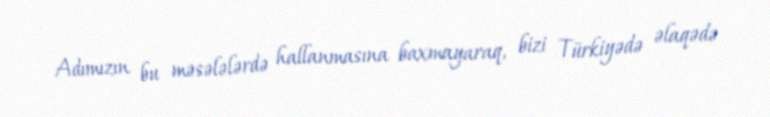
Adımızın bu məsələlərdə hallanmasına baxmayaraq, bizi Türkiyədə əlaqədə